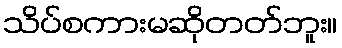
သိပ်စကားမဆိုတတ်ဘူး။